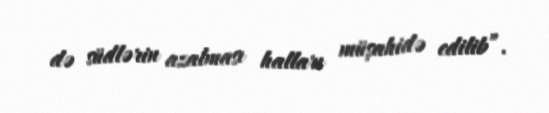
də südlərin azalması halları müşahidə edilib”.